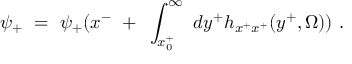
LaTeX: \psi _ { + } ~ = ~ \psi _ { + } ( x ^ { - } ~ + ~ \int _ { x _ { 0 } ^ { + } } ^ { \infty } ~ d y ^ { + } h _ { x ^ { + } x ^ { + } } ( y ^ { + } , \Omega ) ) ~ .